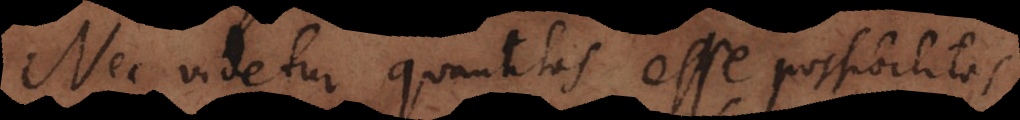
Nec videtur quantitas esse possibilitas